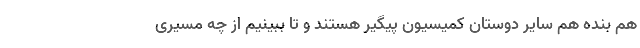
هم بنده هم سایر دوستان کمیسیون پیگیر هستند و تا ببینیم از چه مسیری